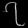
Digit: ၇